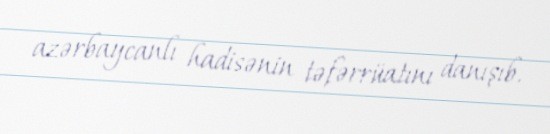
azərbaycanlı hadisənin təfərrüatını danışıb.